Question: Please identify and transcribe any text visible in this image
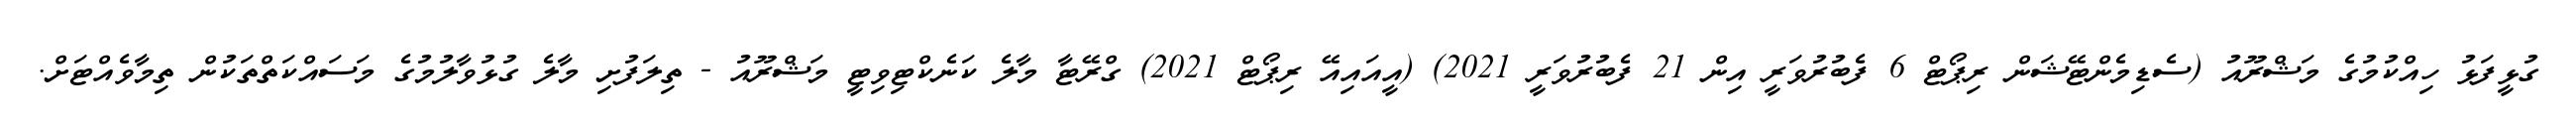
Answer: ގުޅީފަޅު ހިއްކުމުގެ މަޝްރޫއު (ސެޑިމެންޓޭޝަން ރިޕޯޓް 6 ފެބުރުވަރީ އިން 21 ފެބުރުވަރީ 2021) (އީއައިއޭ ރިޕޯޓް 2021) ގްރޭޓާ މާލެ ކަނެކްޓިވިޓީ މަޝްރޫއު - ތިލަފުށި މާލެ ގުޅުވާލުމުގެ މަސައްކަތްތަކުން ތިމާވެއްޓަށް.